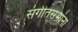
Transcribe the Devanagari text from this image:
संगीतसभांना